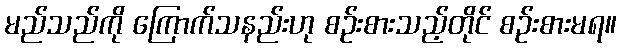
မည်သည်ကို ကြောက်သနည်းဟု စဉ်းစားသည့်တိုင် စဉ်းစားမရ။